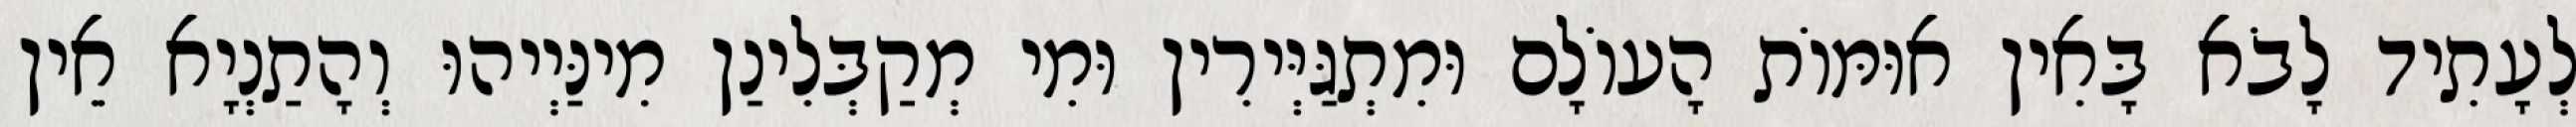
לְעָתִיד לָבֹא בָּאִין אוּמּוֹת הָעוֹלָם וּמִתְגַּיְּירִין וּמִי מְקַבְּלִינַן מִינַּיְיהוּ וְהָתַנְיָא אֵין